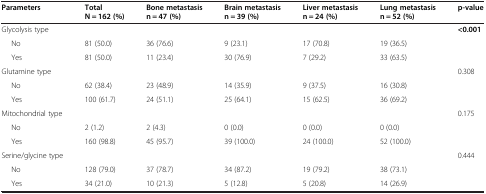
<table><thead><tr><td><b>Parameters</b></td><td><b>Total N = 162 (%)</b></td><td><b>Bone metastasis n = 47 (%)</b></td><td><b>Brain metastasis n = 39 (%)</b></td><td><b>Liver metastasis n = 24 (%)</b></td><td><b>Lung metastasis n = 52 (%)</b></td><td><b>p-value</b></td></tr></thead><tbody><tr><td>Glycolysis type</td><td></td><td></td><td></td><td></td><td></td><td><b>&lt;0.001</b></td></tr><tr><td>No</td><td>81 (50.0)</td><td>36 (76.6)</td><td>9 (23.1)</td><td>17 (70.8)</td><td>19 (36.5)</td><td></td></tr><tr><td>Yes</td><td>81 (50.0)</td><td>11 (23.4)</td><td>30 (76.9)</td><td>7 (29.2)</td><td>33 (63.5)</td><td></td></tr><tr><td>Glutamine type</td><td></td><td></td><td></td><td></td><td></td><td>0.308</td></tr><tr><td>No</td><td>62 (38.4)</td><td>23 (48.9)</td><td>14 (35.9)</td><td>9 (37.5)</td><td>16 (30.8)</td><td></td></tr><tr><td>Yes</td><td>100 (61.7)</td><td>24 (51.1)</td><td>25 (64.1)</td><td>15 (62.5)</td><td>36 (69.2)</td><td></td></tr><tr><td>Mitochondrial type</td><td></td><td></td><td></td><td></td><td></td><td>0.175</td></tr><tr><td>No</td><td>2 (1.2)</td><td>2 (4.3)</td><td>0 (0.0)</td><td>0 (0.0)</td><td>0 (0.0)</td><td></td></tr><tr><td>Yes</td><td>160 (98.8)</td><td>45 (95.7)</td><td>39 (100.0)</td><td>24 (100.0)</td><td>52 (100.0)</td><td></td></tr><tr><td>Serine/glycine type</td><td></td><td></td><td></td><td></td><td></td><td>0.444</td></tr><tr><td>No</td><td>128 (79.0)</td><td>37 (78.7)</td><td>34 (87.2)</td><td>19 (79.2)</td><td>38 (73.1)</td><td></td></tr><tr><td>Yes</td><td>34 (21.0)</td><td>10 (21.3)</td><td>5 (12.8)</td><td>5 (20.8)</td><td>14 (26.9)</td><td></td></tr></tbody></table>